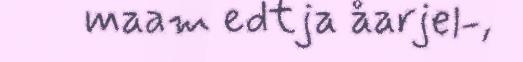
maam edtja åarjel-,